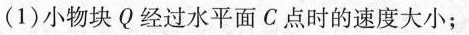
(1)小物块Q经过水平面C点时的速度大小；